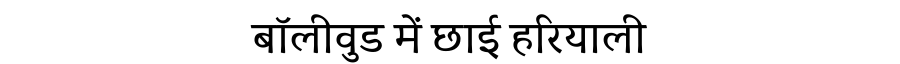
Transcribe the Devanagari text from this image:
बॉलीवुड में छाई हरियाली